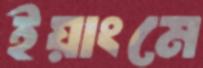
ইয়াংমে